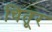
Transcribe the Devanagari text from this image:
चितूर